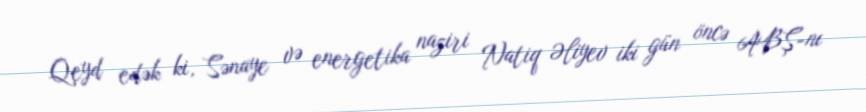
Qeyd edək ki, Sənaye və energetika naziri Natiq Əliyev iki gün öncə ABŞ-nı